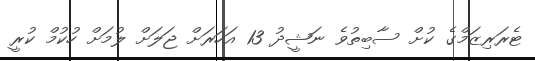
ޓެރަރިޒަމްގެ ކުށް ސާބިތުވެ ނަޝީދު 13 އަހަރަށް ޖަލަށް ލުމަށް ހުކުމް ކުރީ